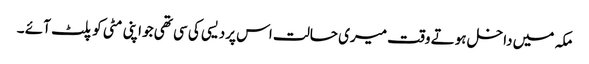
مکہ میں داخل ہوتے وقت میری حالت اس پردیسی کی سی تھی جو اپنی مٹی کوپلٹ آئے ۔